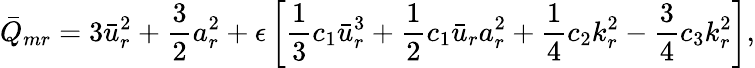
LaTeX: \bar{Q}_{mr}=3\bar{u}_{r}^{2}+\frac{3}{2}a_{r}^{2}+\epsilon\left[\frac{1}{3}c_{1}\bar{u}_{r}^{3}+\frac{1}{2}c_{1}\bar{u}_{r}a_{r}^{2}+\frac{1}{4}c_{2}k_{r}^{2}-\frac{3}{4}c_{3}k_{r}^{2}\right],